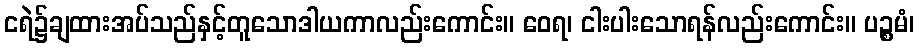
ငရဲ၌ချထားအပ်သည်နှင့်တူသောဒါယကာလည်းကောင်း။ ဝေရ၊ ငါးပါးသောရန်လည်းကောင်း။ ပဉ္စမံ၊